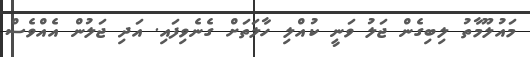
މައުލޫމާތު ލިބިގެން ޖަލު ވަނީ ކުއްލި ހާލަތަށް ގެނެވިފައި. އަދި ޖަލުން އެއްވެސް